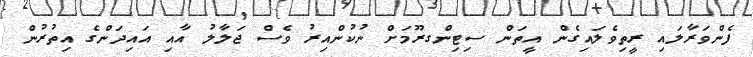
ފެންވަރާލައި ރީތިވެލައިގެން އީތަން ސިޓިންގރޫމަށް ނުކުންއިރު ވެސް ޖަލާލު އާއި އައިދަންގެ އިތުރުން